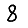
Digit: 8